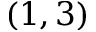
( 1 , 3 )